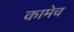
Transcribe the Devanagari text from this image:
कामेच